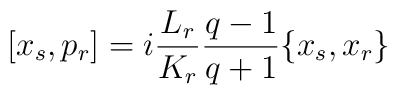
[x_s,p_r] =  i \frac{L_r}{K_r} \frac{q-1}{q+1} \{ x_s, x_r\}